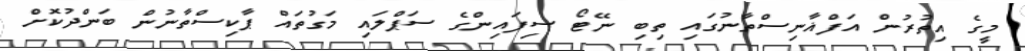
މީގެ އިތުރުން އަފްޣާނިސްތާނުގައި ތިބި ނޭޓޯ ސިފައިންގެ ސަޕްލައި މަގުތައް ޕާކިސްތާނުން ބަންދުކޮށް